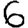
Digit: 6